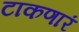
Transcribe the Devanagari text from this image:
टाकणारं